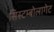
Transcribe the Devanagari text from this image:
सिस्टम्बोलागेट